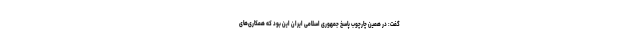
گفت: در همین چارچوب پاسخ جمهوری اسلامی ایران این بود که همکاری‌های